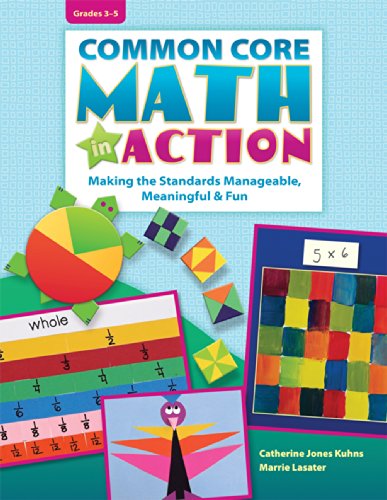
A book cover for Common Core Math in Action Grades 3-5; Kuhns/Lasater; Education & Teaching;